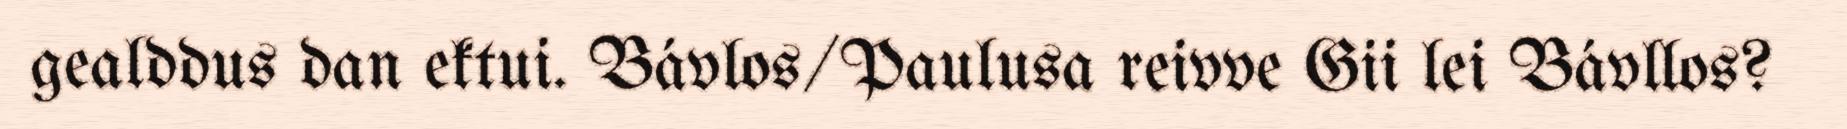
gealddus dan ektui. Bávlos/Paulusa reivve Gii lei Bávllos?